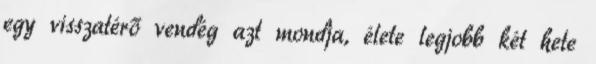
egy visszatérő vendég azt mondja, élete legjobb két hete